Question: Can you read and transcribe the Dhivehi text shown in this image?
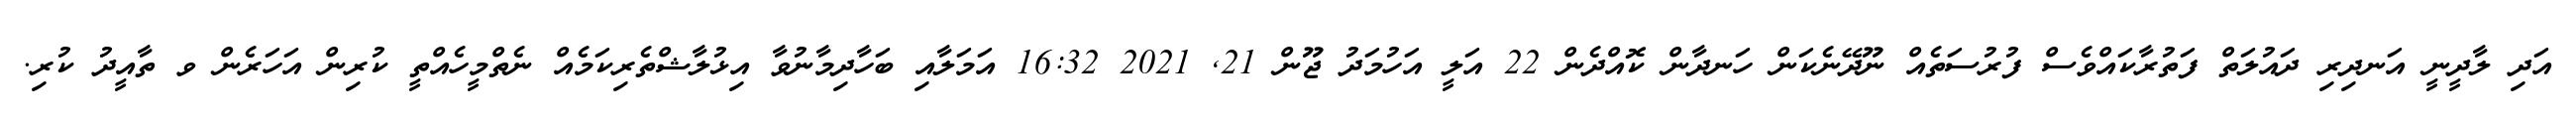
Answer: އަދި ލާދީނީ އަނދިރި ދައުލަތް ފަތުރާކައްވެސް ފުރުސަތެއް ނޫދޭނެކަން ހަނދާން ކޮއްދެން 22 އަލީ އަހުމަދު ޖޫން 21, 2021 16:32 އަމަލާއި ބަހާދިމާނުވާ އިޅުލާޝްތެރިކަމެއް ނެތްމީހެއްތީ ކުރިން އަހަރެން ވ ތާއީދު ކުރި.